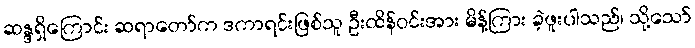
ဆန္ဒရှိကြောင်း ဆရာတော်က ဒကာရင်းဖြစ်သူ ဦးထိန်ဝင်းအား မိန့်ကြား ခဲ့ဖူးပါသည်၊ သို့သော်